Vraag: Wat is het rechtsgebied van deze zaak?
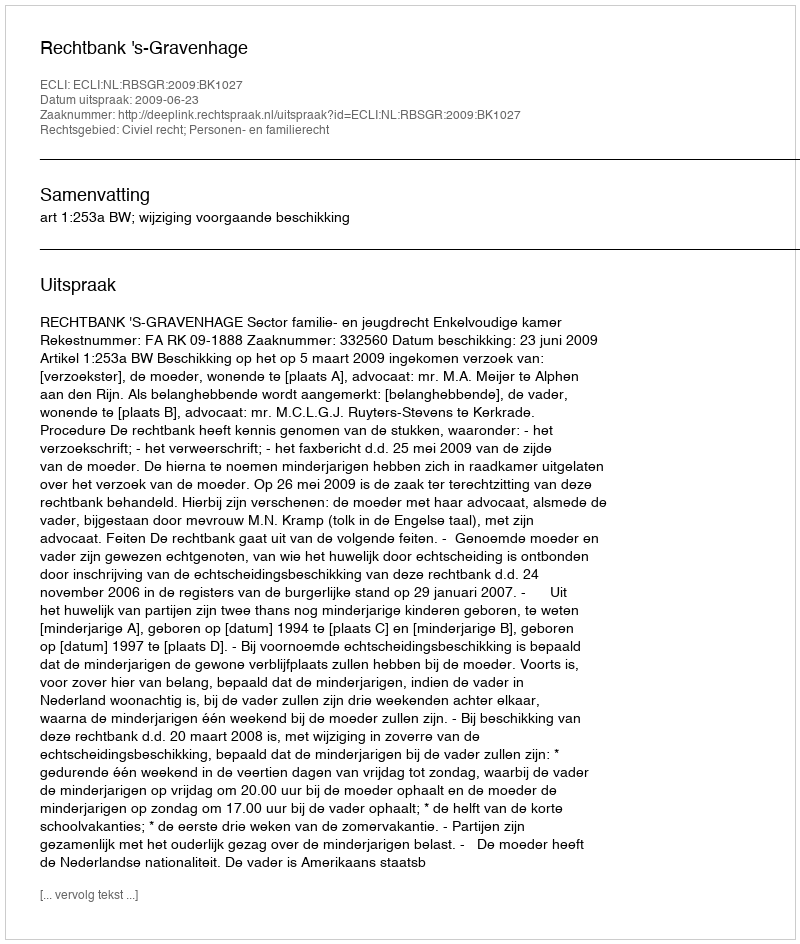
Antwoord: Civiel recht; Personen- en familierecht